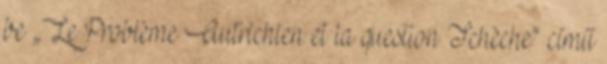
be „Le Problème Autrichien et la question Tchèche” című